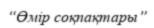
“Өмір соқпақтары”